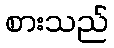
စားသည်